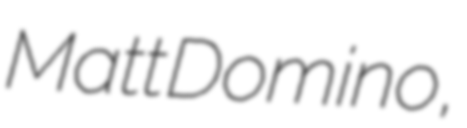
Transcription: Matt Domino,